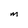
Character: M